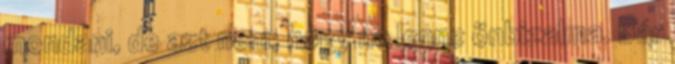
mondani, de azt nem, hogy ne lenne önbizalma. Bár